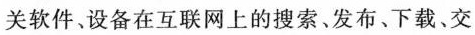
关软件、设备在互联网上的搜索。发布、下载。交